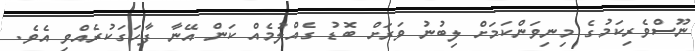
ނޫސްވެރިކަމުގެ މިނިވަންކަމަށް ލިބުނު ވަރަށް ބޮޑު ގެއްލުމެއް ކަން އޭނާ ފާހަގަކުރެއްވި އެވެ.